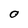
Character: O